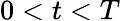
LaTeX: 0<t<T